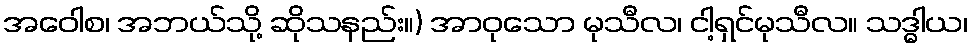
အဝေါစ၊ အဘယ်သို့ ဆိုသနည်း။) အာဝုသော မုသီလ၊ ငါ့ရှင်မုသီလ။ သဒ္ဓါယ၊